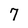
Character: 7